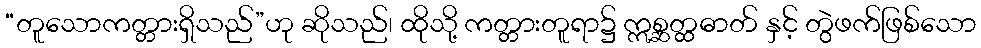
“တူသောကတ္တားရှိသည်”ဟု ဆိုသည်၊ ထိုသို့ ကတ္တားတူရာ၌ ဣစ္ဆတ္ထဓာတ် နှင့် တွဲဖက်ဖြစ်သော